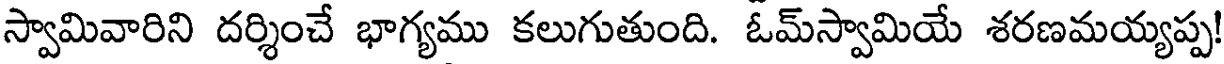
స్వామివారిని దర్శించే భాగ్యము కలుగుతుంది. ఓమ్స్వామియే శరణమయ్యప్ప